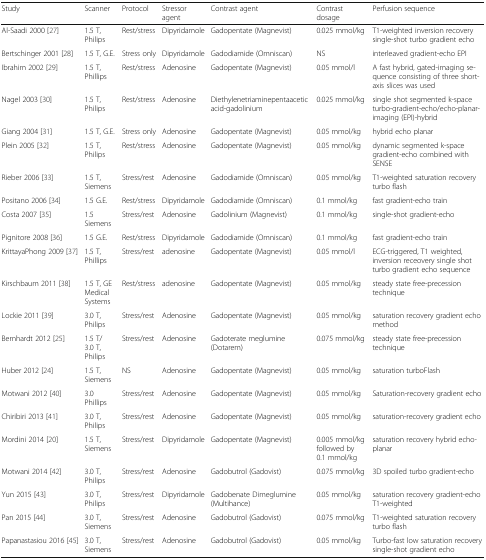
<table><thead><tr><td><b>Study</b></td><td><b>Scanner</b></td><td><b>Protocol</b></td><td><b>Stressor agent</b></td><td><b>Contrast agent</b></td><td><b>Contrast dosage</b></td><td><b>Perfusion sequence</b></td></tr></thead><tbody><tr><td>Al-Saadi 2000 [27]</td><td>1.5 T, Philips</td><td>Rest/stress</td><td>Dipyridamole</td><td>Gadopentate (Magnevist)</td><td>0.025 mmol/kg</td><td>T1-weighted inversion recovery single-shot turbo gradient echo</td></tr><tr><td>Bertschinger 2001 [28]</td><td>1.5 T, G.E.</td><td>Stress only</td><td>Dipyridamole</td><td>Gadodiamide (Omniscan)</td><td>NS</td><td>interleaved gradient-echo EPI</td></tr><tr><td>Ibrahim 2002 [29]</td><td>1.5 T, Phillips</td><td>Rest/stress</td><td>Adenosine</td><td>Gadopentate (Magnevist)</td><td>0.05 mmol/l</td><td>A fast hybrid, gated-imaging sequence consisting of three short- axis slices was used</td></tr><tr><td>Nagel 2003 [30]</td><td>1.5 T, Philips</td><td>Rest/stress</td><td>Adenosine</td><td>Diethylenetriaminepentaacetic acid-gadolinium</td><td>0.025 mmol/kg</td><td>single shot segmented k-space turbo-gradient-echo/echo-planar-imaging (EPI)-hybrid</td></tr><tr><td>Giang 2004 [31]</td><td>1.5 T, G.E.</td><td>Stress only</td><td>Adenosine</td><td>Gadopentate (Magnevist)</td><td>0.05 mmol/kg</td><td>hybrid echo planar</td></tr><tr><td>Plein 2005 [32]</td><td>1.5 T, Philips</td><td>Rest/stress</td><td>Adenosine</td><td>Gadopentate (Magnevist)</td><td>0.05 mmol/kg</td><td>dynamic segmented k-space gradient-echo combined with SENSE</td></tr><tr><td>Rieber 2006 [33]</td><td>1.5 T, Siemens</td><td>Stress/rest</td><td>Adenosine</td><td>Gadodiamide (Omniscan)</td><td>0.05 mmol/kg</td><td>T1-weighted saturation recovery turbo flash</td></tr><tr><td>Positano 2006 [34]</td><td>1.5 G.E.</td><td>Rest/stress</td><td>Dipyridamole</td><td>Gadodiamide (Omniscan)</td><td>0.1 mmol/kg</td><td>fast gradient-echo train</td></tr><tr><td>Costa 2007 [35]</td><td>1.5 Siemens</td><td>Stress/rest</td><td>Adenosine</td><td>Gadolinium (Magnevist)</td><td>0.1 mmol/kg</td><td>single-shot gradient-echo</td></tr><tr><td>Pignitore 2008 [36]</td><td>1.5 G.E.</td><td>Rest/stress</td><td>Dipyridamole</td><td>Gadodiamide (Omniscan)</td><td>0.1 mmol/kg</td><td>fast gradient-echo train</td></tr><tr><td>KrittayaPhong 2009 [37]</td><td>1.5 T, Phillips</td><td>Stress/rest</td><td>adenosine</td><td>Gadopentate (Magnevist)</td><td>0.05 mmol/l</td><td>ECG-triggered, T1 weighted, inversion receovery single shot turbo gradient echo sequence</td></tr><tr><td>Kirschbaum 2011 [38]</td><td>1.5 T, GE Medical Systems</td><td>Rest/stress</td><td>adenosine</td><td>Gadopentate (Magnevist)</td><td>0.05 mmol/kg</td><td>steady state free-precession technique</td></tr><tr><td>Lockie 2011 [39]</td><td>3.0 T, Philips</td><td>Stress/rest</td><td>Adenosine</td><td>Gadopentate (Magnevist)</td><td>0.05 mmol/kg</td><td>saturation recovery gradient echo method</td></tr><tr><td>Bernhardt 2012 [25]</td><td>1.5 T/3.0 T, Philips</td><td>Stress/rest</td><td>Adenosine</td><td>Gadoterate meglumine (Dotarem)</td><td>0.075 mmol/kg</td><td>steady state free-precession technique</td></tr><tr><td>Huber 2012 [24]</td><td>1.5 T, Siemens</td><td>NS</td><td>Adenosine</td><td>Gadopentate (Magnevist)</td><td>0.05 mmol/kg</td><td>saturation turboFlash</td></tr><tr><td>Motwani 2012 [40]</td><td>3.0 Phillips</td><td>Stress/rest</td><td>Adenosine</td><td>Gadopentate (Magnevist)</td><td>0.05 mmol/kg</td><td>Saturation-recovery gradient echo</td></tr><tr><td>Chiribiri 2013 [41]</td><td>3.0 T, Philips</td><td>Stress/rest</td><td>Adenosine</td><td>Gadopentate (Magnevist)</td><td>0.05 mmol/kg</td><td>saturation-recovery gradient echo</td></tr><tr><td>Mordini 2014 [20]</td><td>1.5 T, Siemens</td><td>Stress/rest</td><td>Dipyridamole</td><td>Gadopentate (Magnevist)</td><td>0.005 mmol/kg followed by 0.1 mmol/kg</td><td>saturation recovery hybrid echo-planar</td></tr><tr><td>Motwani 2014 [42]</td><td>3.0 T, Philips</td><td>Stress/rest</td><td>Adenosine</td><td>Gadobutrol (Gadovist)</td><td>0.075 mmol/kg</td><td>3D spoiled turbo gradient-echo</td></tr><tr><td>Yun 2015 [43]</td><td>3.0 T, Philips</td><td>Stress/rest</td><td>Dipyridamole</td><td>Gadobenate Dimeglumine (Multihance)</td><td>0.05 mmol/kg</td><td>saturation recovery gradient-echo T1-weighted</td></tr><tr><td>Pan 2015 [44]</td><td>3.0 T, Siemens</td><td>Stress/rest</td><td>Adenosine</td><td>Gadobutrol (Gadovist)</td><td>0.075 mmol/kg</td><td>T1-weighted saturation recovery turbo flash</td></tr><tr><td>Papanastasiou 2016 [45]</td><td>3.0 T, Siemens</td><td>Stress/rest</td><td>Adenosine</td><td>Gadobutrol (Gadovist)</td><td>0.05 mmol/kg</td><td>Turbo-fast low saturation recovery single-shot gradient echo</td></tr></tbody></table>